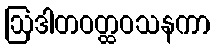
ဩဒါတဝတ္ထဝသနကာ